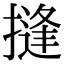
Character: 摓